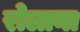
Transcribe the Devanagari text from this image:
रोलाना